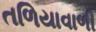
તળિયાવાળી